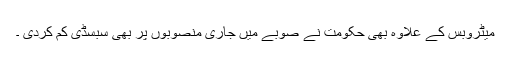
میٹروبس کے علاوہ بھی حکومت نے صوبے میں جاری منصوبوں پر بھی سبسڈی کم کردی ۔